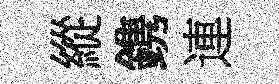
縱鎸連